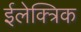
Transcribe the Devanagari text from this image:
ईलेक्त्रिक